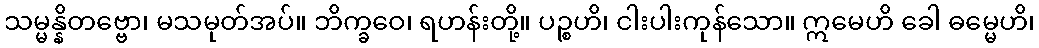
သမ္မန္နိတဗ္ဗော၊ မသမုတ်အပ်။ ဘိက္ခဝေ၊ ရဟန်းတို့။ ပဉ္စဟိ၊ ငါးပါးကုန်သော။ ဣမေဟိ ခေါ ဓမ္မေဟိ၊